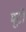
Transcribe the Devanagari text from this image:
बूटो